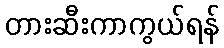
တားဆီးကာကွယ်ရန်